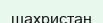
шахристан